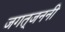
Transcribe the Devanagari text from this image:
जगत्‌जननी